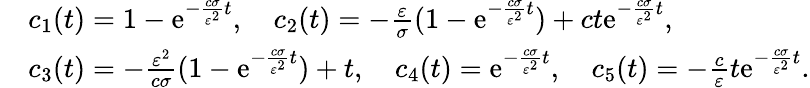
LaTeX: \begin{array}{rl}&{c_{1}(t)=1-\mathrm{e}^{-\frac{c\sigma}{\varepsilon^{2}}t},\quad c_{2}(t)=-\frac{\varepsilon}{\sigma}(1-\mathrm{e}^{-\frac{c\sigma}{\varepsilon^{2}}t})+ct\mathrm{e}^{-\frac{c\sigma}{\varepsilon^{2}}t},}\\ &{c_{3}(t)=-\frac{\varepsilon^{2}}{c\sigma}(1-\mathrm{e}^{-\frac{c\sigma}{\varepsilon^{2}}t})+t,\quad c_{4}(t)=\mathrm{e}^{-\frac{c\sigma}{\varepsilon^{2}}t},\quad c_{5}(t)=-\frac{c}{\varepsilon}t\mathrm{e}^{-\frac{c\sigma}{\varepsilon^{2}}t}.}\end{array}